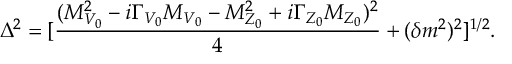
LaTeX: \Delta ^ { 2 } = [ \frac { ( M _ { V _ { 0 } } ^ { 2 } - i \Gamma _ { V _ { 0 } } M _ { V _ { 0 } } - M _ { Z _ { 0 } } ^ { 2 } + i \Gamma _ { Z _ { 0 } } M _ { Z _ { 0 } } ) ^ { 2 } } { 4 } + ( \delta m ^ { 2 } ) ^ { 2 } ] ^ { 1 / 2 } .